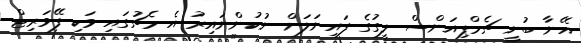
އޭނާ ބުނީ ޗެމްޕިއަންސް ލީގުގެ ފައިނަލަށް ނުކުންނައިރު އެ މެޗުގައި ވަކި ފޭވަރިޓް